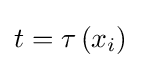
t=\tau \left(x_{i}\right)